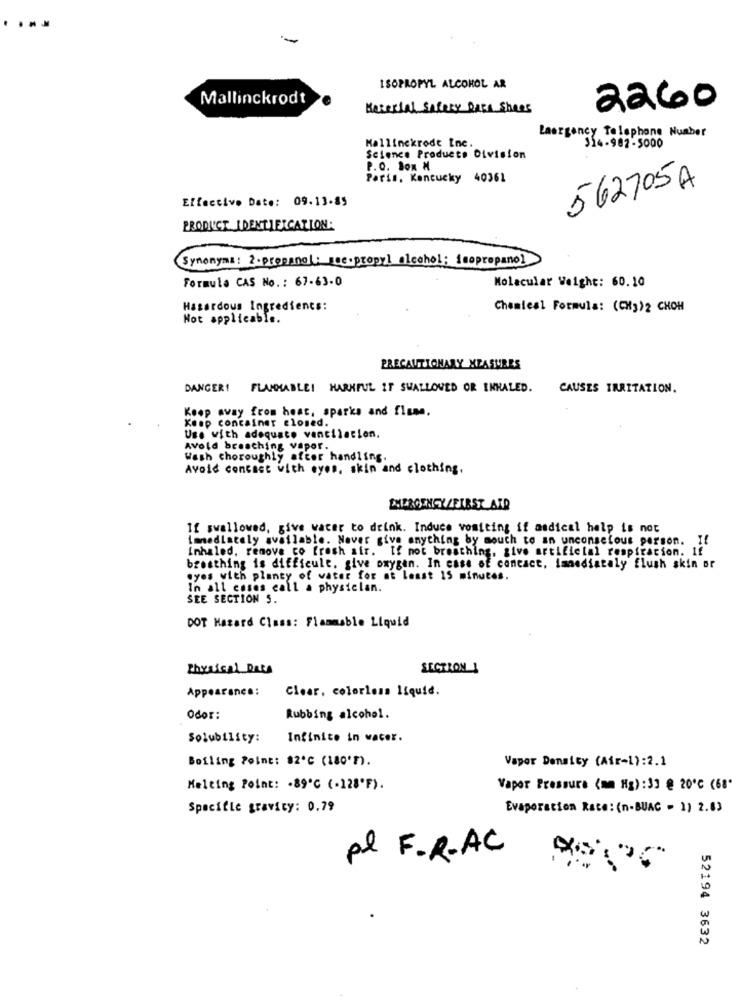
ISOPROPYL ALCOHOL AR
Mallinckrodt
2260
Material safety Pass Shoes
Laergency Telephone Number
Mallinckrodt Inc.
314-982-5000
Science Products Division
P.O. BON M
Paris, Kentucky 40361
562705A
Effective Date: 09.13-85
PRODUCT IDENTIFICATION:
Synonyma: 2-propanol: gue.propyl alcohol; isopropanol
Formula CAS No .: 67-63-0
Molecular Weight: 60.10
Hagardous Ingredients:
Chemieal Formula: (CH3)2 CHOH
Not applicable.
PRECAUTIONARY MEASURES
DANGER! FLAMMABLEI HARMFUL IF SWALLOWED OR INHALED.
CAUSES IRRITATION.
Keep away from heat, sparks and flame.
Kesp container closed.
Use with adequate vancilacien.
Avold breaching vapor.
Wash choroughly afcor handling.
Avoid contact with eyes, skin and clothing.
EMERGENCY/FIRST AID
If swallowed, give water to drink. Induce vomiting if andical help is not
Immediately available. Never give anything by mouth to an unconscious person. If
Inhaled, remove co fresh air. If not breathing, give artificial respiracion. If
breathing is difficult, give oxygen. In case of contact, immediataly flush skin or
eyes with plenty of water for at least 15 minutes.
In all cases call a physician.
SEE SECTION S.
DOT Hasard Class: Flammable Liquid
Physical Data
SECTION
Appearance:
Clear, colorless liquid.
Odor:
Rubbing alcohol.
Solubility:
Infinite in water.
Boiling Point: 82'℃ (180').
Vapor Density (Air-1):2.1
Melting Point: . 89'℃ (-128'F).
Vapor Pressure (mm Hg):33 @ 20℃ (68"
Specifle gravity: 0.79
Evaporation Rate: (n-BUAC - 1) 2.83
pl F.R.AC
52194 3632